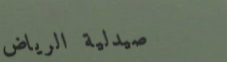
صيدلية الرياض